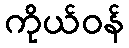
ကိုယ်ဝန်